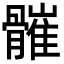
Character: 𩪓